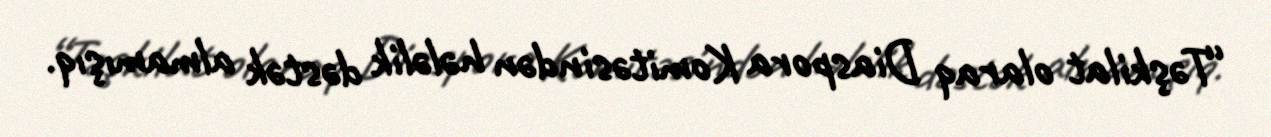
“Təşkilat olaraq Diaspora Komitəsindən hələlik dəstək almamışıq.